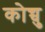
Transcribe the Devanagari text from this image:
कोच्चु